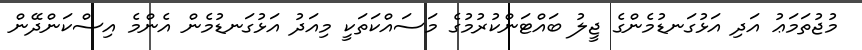
މުޖުތަމަޢު އަދި އަޅުގަނޑުމެންގެ ޖީލު ބައްޓަންކުރުމުގެ މަސައްކަތަކީ މިއަދު އަޅުގަނޑުމެން އެންމެ އިސްކަންދޭން